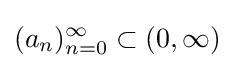
(a_{n})_{n=0}^{\infty }\subset (0,\infty )